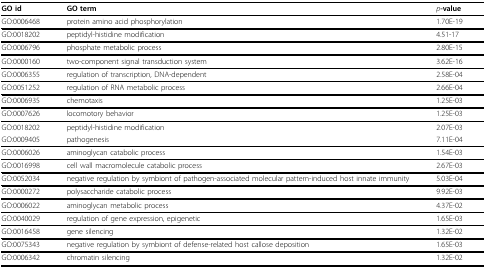
<table><thead><tr><td><b>GO id</b></td><td><b>GO term</b></td><td><b><i>p</i>-value</b></td></tr></thead><tbody><tr><td>GO:0006468</td><td>protein amino acid phosphorylation</td><td>1.70E-19</td></tr><tr><td>GO:0018202</td><td>peptidyl-histidine modification</td><td>4.51-17</td></tr><tr><td>GO:0006796</td><td>phosphate metabolic process</td><td>2.80E-15</td></tr><tr><td>GO:0000160</td><td>two-component signal transduction system</td><td>3.62E-16</td></tr><tr><td>GO:0006355</td><td>regulation of transcription, DNA-dependent</td><td>2.58E-04</td></tr><tr><td>GO:0051252</td><td>regulation of RNA metabolic process</td><td>2.66E-04</td></tr><tr><td>GO:0006935</td><td>chemotaxis</td><td>1.25E-03</td></tr><tr><td>GO:0007626</td><td>locomotory behavior</td><td>1.25E-03</td></tr><tr><td>GO:0018202</td><td>peptidyl-histidine modification</td><td>2.07E-03</td></tr><tr><td>GO:0009405</td><td>pathogenesis</td><td>7.11E-04</td></tr><tr><td>GO:0006026</td><td>aminoglycan catabolic process</td><td>1.54E-03</td></tr><tr><td>GO:0016998</td><td>cell wall macromolecule catabolic process</td><td>2.67E-03</td></tr><tr><td>GO:0052034</td><td>negative regulation by symbiont of pathogen-associated molecular pattern-induced host innate immunity</td><td>5.03E-04</td></tr><tr><td>GO:0000272</td><td>polysaccharide catabolic process</td><td>9.92E-03</td></tr><tr><td>GO:0006022</td><td>aminoglycan metabolic process</td><td>4.37E-02</td></tr><tr><td>GO:0040029</td><td>regulation of gene expression, epigenetic</td><td>1.65E-03</td></tr><tr><td>GO:0016458</td><td>gene silencing</td><td>1.32E-02</td></tr><tr><td>GO:0075343</td><td>negative regulation by symbiont of defense-related host callose deposition</td><td>1.65E-03</td></tr><tr><td>GO:0006342</td><td>chromatin silencing</td><td>1.32E-02</td></tr></tbody></table>